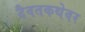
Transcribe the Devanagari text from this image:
दैवतकथेवर